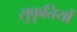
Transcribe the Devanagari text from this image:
सुकृतियों